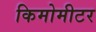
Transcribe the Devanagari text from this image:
किमोमीटर